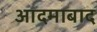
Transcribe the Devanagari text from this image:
आदमाबाद